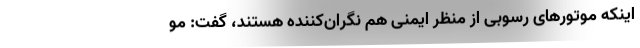
اینکه موتور‌های رسوبی از منظر ایمنی هم نگران‌کننده هستند، گفت: مو